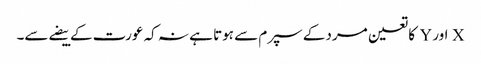
X اور Y کا تعین مرد کے سپرم سے ہوتا ہے نہ کہ عورت کے بیضے سے۔